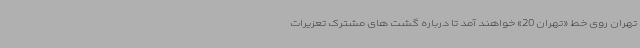
تهران روی خط «تهران 20» خواهند آمد تا درباره گشت های مشترک تعزیرات